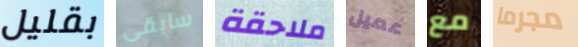
بقليل سابقى ملاحقة عميل مع مجرما